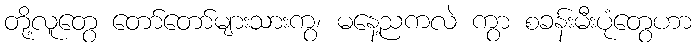
တို့လူတွေ တော်တော်များသားကွ၊ မနေ့ညကလဲ ကွာ စခန်းမီးပုံတွေဟာ